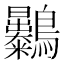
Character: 𪈚